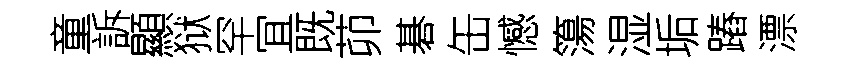
童訴顯狱罕冝既茆碁缶憾簜湿垢蹖漂